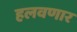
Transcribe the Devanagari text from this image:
हलवणार